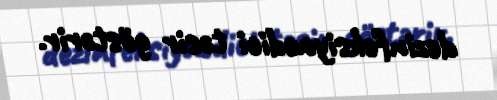
dezinfeksiyaedici təsir göstərir.